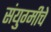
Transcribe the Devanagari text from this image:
संयुग्मीचे